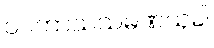
ဝပကာသသမဏသုခါ